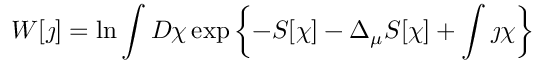
W [ \jmath ] = \ln \int D \chi \exp \left\{ - S [ \chi ] - \Delta _ { \mu } S [ \chi ] + \int \jmath \chi \right\}